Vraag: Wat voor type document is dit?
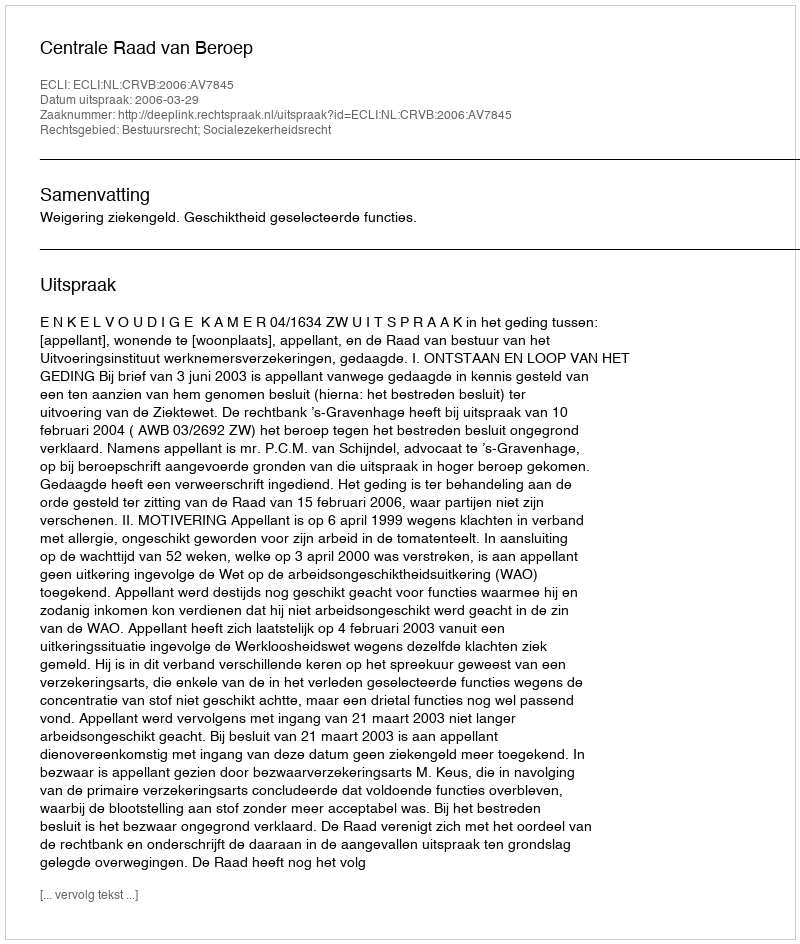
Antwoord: Uitspraak